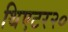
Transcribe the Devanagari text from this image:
थिएटर२०